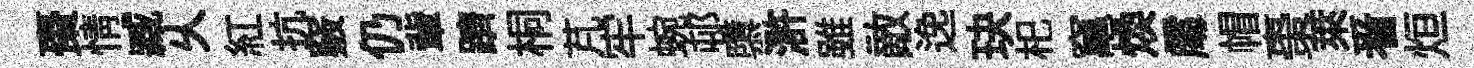
棗情臧乆紅抗竅仍軰躋桐芃牢蜿邨隳滸雖敵𨓜玦𣏌𥧄煥𠁅帽棗萊㸔烜